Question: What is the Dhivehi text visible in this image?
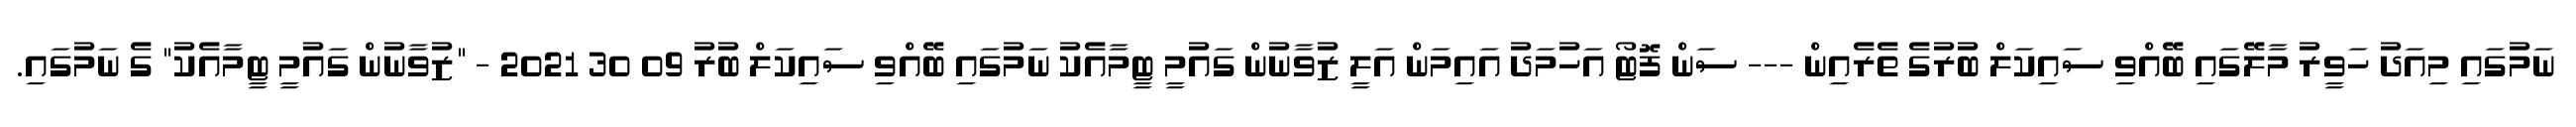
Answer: ނަމުގައި މިއަދު ހަވީރު މާލޭގައި ބޭއްވި ސައިކަލް ބުރުގެ ތެރެއިން --- ސަން ފޮޓޯ އަހުމަދު އައިމަން އަލީ ޒުވާނުން ގައުމީ ޓީމާއެކު ނަމުގައި ބޭއްވި ސައިކަލް ބުރު 09 30 2021 - "ޒުވާނުން ގައުމީ ޓީމާއެކު" ގެ ނަމުގައި.